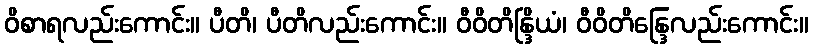
ဝိစာရလည်းကောင်း။ ပီတိ၊ ပီတိလည်းကောင်း။ ဝီဝိတိန္ဒြိယံ၊ ဝီဝိတိန္ဒြေလည်းကောင်း။